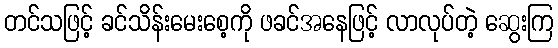
တင်သဖြင့် ခင်သိန်းမေးစေ့ကို ဖခင်အနေဖြင့် လာလုပ်တဲ့ ဆွေးကြ